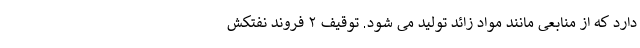
دارد که از منابعی مانند مواد زائد تولید می شود. توقیف ۲ فروند نفتکش